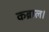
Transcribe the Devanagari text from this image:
कब्राल।